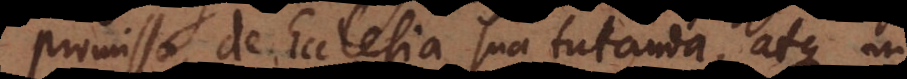
promissa, de Ecclesia sua tutanda, atque in